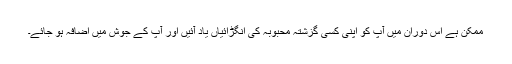
ممکن ہے اس دوران میں آپ کو اپنی کسی گزشتہ محبوبہ کی انگڑائیاں یاد آئیں اور آپ کے جوش میں اضافہ ہو جائے۔